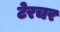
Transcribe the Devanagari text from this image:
टेरचर